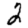
Digit: 2